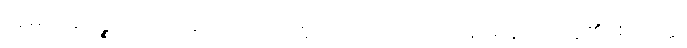
ဣမာခေါပဉ္စ၊ ဤငါးပါးတို့တည်း။ ဣတိ၊ ဤသို့။ အဝေါစ၊ မိန့်တော်မူ၏။ စတုတ္ထံ၊